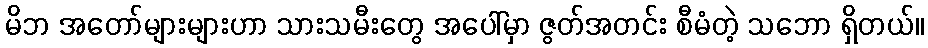
မိဘ အတော်များများဟာ သားသမီးတွေ အပေါ်မှာ ဇွတ်အတင်း စီမံတဲ့ သဘော ရှိတယ်။